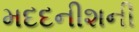
મદદનીશની